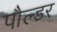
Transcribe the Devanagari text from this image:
पौल्डर